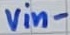
Text: vin-